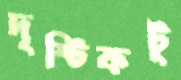
দৃষ্টিকটূ